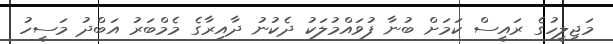
މަޖިލީހުގެ ރައީސް ކަމަށް ބުނާ ފުވައްމުލަކު ދެކުނު ދާއިރާގެ މެމްބަރު އަބްދު މަސީހު